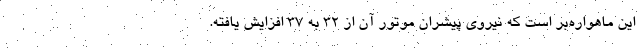
این ماهواره‌بر است که نیروی پیشران موتور آن از ۳۲ به ۳۷ افزایش یافته.